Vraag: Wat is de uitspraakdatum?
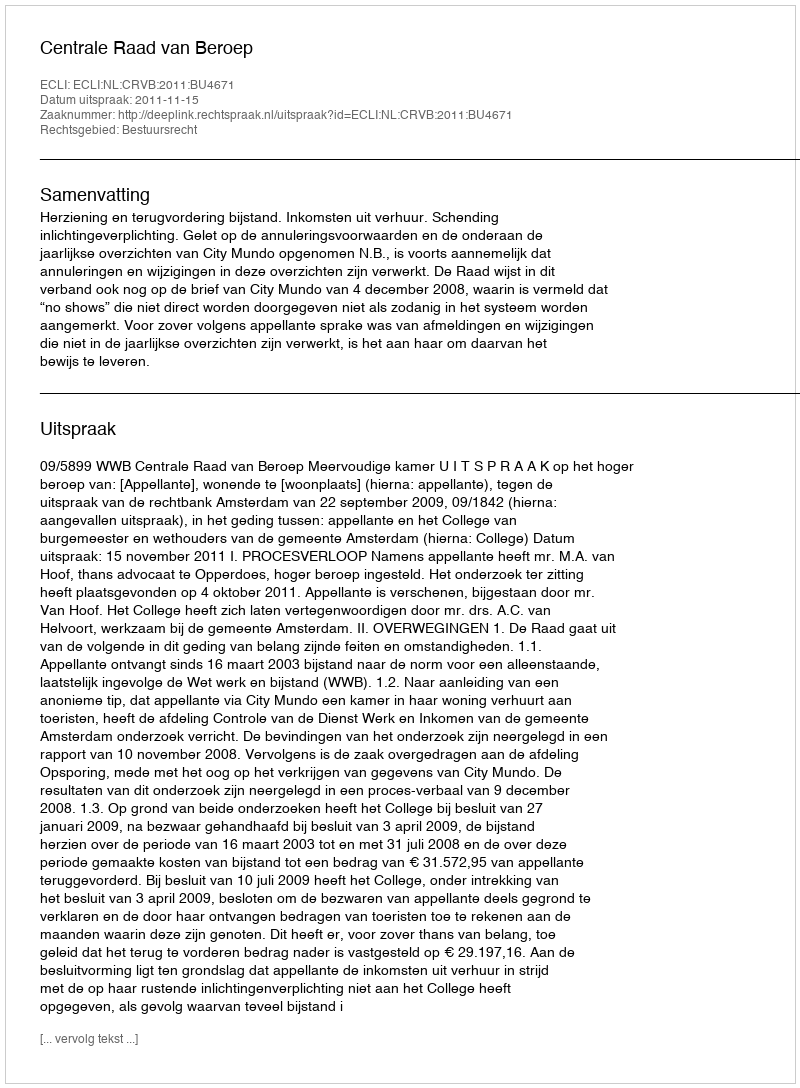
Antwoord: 2011-11-15